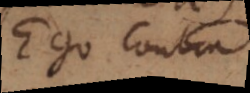
Ego contra